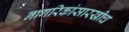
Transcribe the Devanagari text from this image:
नागरिकांसारखीच